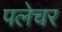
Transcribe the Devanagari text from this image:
पलेचर